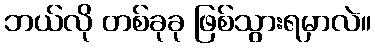
ဘယ်လို တစ်ခုခု ဖြစ်သွားရမှာလဲ။